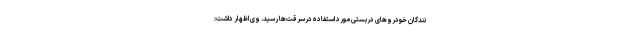
نندگان خودروهای دربستی مورد استفاده درسرقت‌ها رسید. وی اظهار داشت: